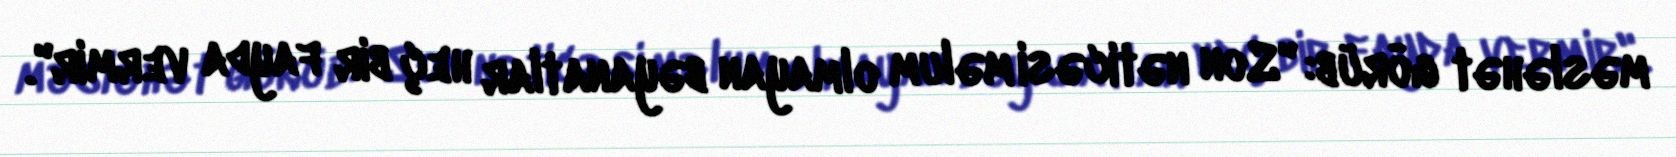
məsləhət görüb: "Son nəticəsi məlum olmayan bəyanatlar heç bir fayda vermir".